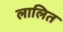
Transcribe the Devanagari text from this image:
लालित